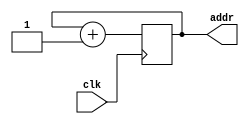
module rom(input clk,
           output reg [7:0] addr);
  
  always @(negedge clk) 
  begin
    addr <= addr + 1;   
  end
endmodule